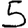
Digit: 5